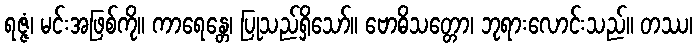
ရဇ္ဇံ၊ မင်းအဖြစ်ကို။ ကာရေန္တေ၊ ပြုသည်ရှိသော်။ ဗောဓိသတ္တော၊ ဘုရားလောင်းသည်။ တဿ၊